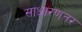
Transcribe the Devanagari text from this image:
साधारणतर